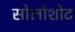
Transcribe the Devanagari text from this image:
सोलोशोट